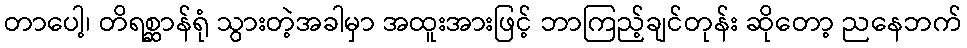
တာပေါ့၊ တိရစ္ဆာန်ရုံ သွားတဲ့အခါမှာ အထူးအားဖြင့် ဘာကြည့်ချင်တုန်း ဆိုတော့ ညနေဘက်